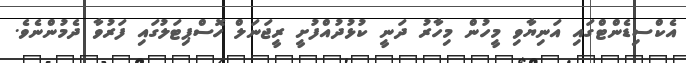
އެކްސިޑެންޓްގައި އަނިޔާވި މީހުން މިހާރު ދަނީ ކުޅުދުއްފުށީ ރީޖަނަލް ހޮސްޕިޓަލުގައި ފަރުވާ ދެމުންނެވެ.